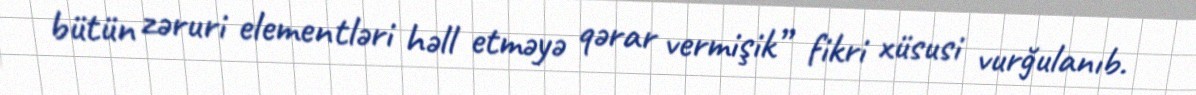
bütün zəruri elementləri həll etməyə qərar vermişik” fikri xüsusi vurğulanıb.